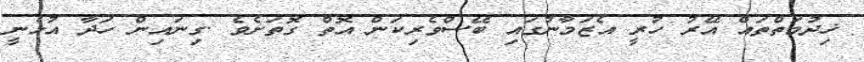
ޚިދުމަތްތައް އޭރު ހުރީ އެޒަމާނުގައި ބޭސްވެރިކަން އޮތް ގޮތަށެވެ .ގިނައިން ހަދާ އުޅެނީ